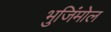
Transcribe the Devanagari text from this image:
भुजिंमोल